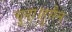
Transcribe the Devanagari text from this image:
चुना।हुसैन